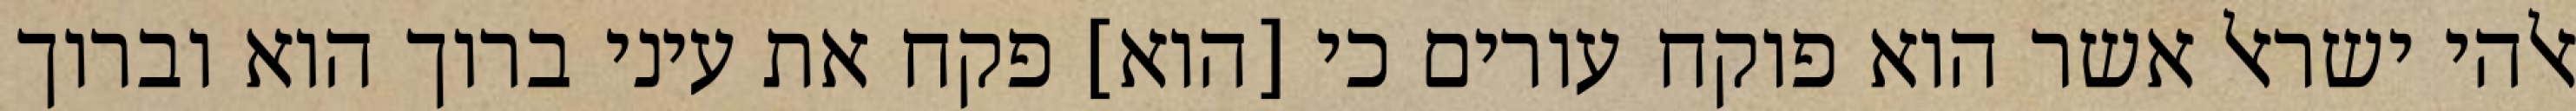
אלהי ישראל אשר הוא פוקח עורים כי [הוא] פקח את עיני ברוך הוא וברוך